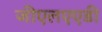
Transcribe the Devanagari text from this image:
जीएलएएडी